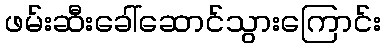
ဖမ်းဆီးခေါ်ဆောင်သွားကြောင်း